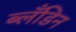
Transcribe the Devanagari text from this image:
ब्लँडिन